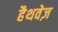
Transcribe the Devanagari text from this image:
हैथवेज़